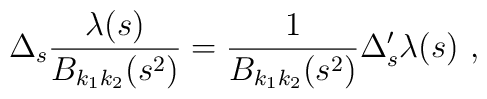
\Delta_s\frac{\lambda(s)}{B_{k_1k_2}(s^2)}=  \frac{1}{B_{k_1k_2}(s^2)}\Delta^{\prime}_s \lambda(s) \ ,